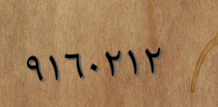
٩١٦٠٢١٢